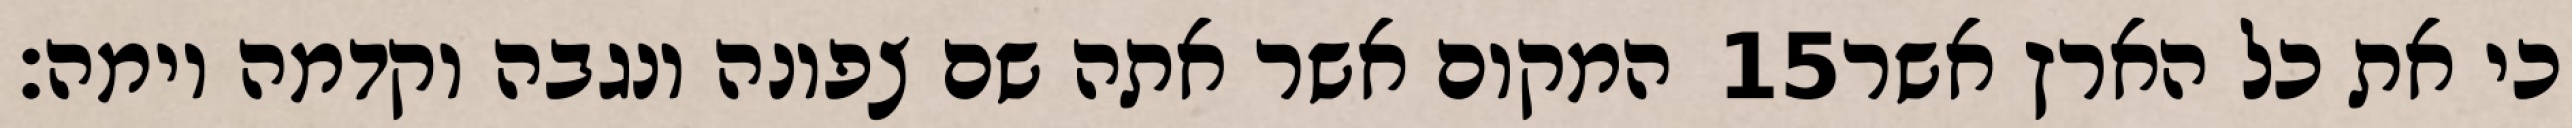
המקום אשר אתה שם צפונה ונגבה וקדמה וימה׃ ‎15‏ כי את כל הארץ אשר